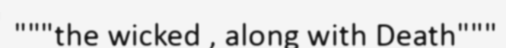
"""the wicked , along with Death"""